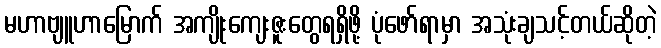
မဟာဗျူဟာမြောက် အကျိုးကျေးဇူးတွေရရှိဖို့ ပုံဖော်ရာမှာ အသုံးချသင့်တယ်ဆိုတဲ့